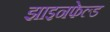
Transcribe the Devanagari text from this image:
झाइनफेल्ड